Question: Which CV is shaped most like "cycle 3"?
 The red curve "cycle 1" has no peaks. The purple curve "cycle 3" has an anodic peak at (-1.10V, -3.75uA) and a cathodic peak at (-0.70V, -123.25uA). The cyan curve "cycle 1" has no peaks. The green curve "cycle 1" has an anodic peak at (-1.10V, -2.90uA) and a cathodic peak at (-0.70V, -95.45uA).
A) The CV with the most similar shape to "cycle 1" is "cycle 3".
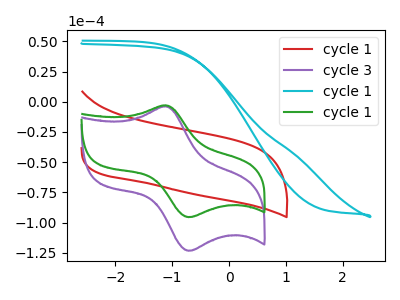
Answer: <think>"cycle 1" and "cycle 3" have a different number of peaks. Neither "cycle 1" or "cycle 1" have any peaks. "cycle 1" and "cycle 1" have a different number of peaks. "cycle 3" and "cycle 1" have a different number of peaks. All the peaks in "cycle 3" have a peak in "cycle 1" at the same potential. "cycle 1" and "cycle 1" have a different number of peaks.
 </think>
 <answer>A) The CV with the most similar shape to "cycle 1" is "cycle 3".</answer>
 <eval>A</eval>